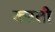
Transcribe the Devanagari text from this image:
कऱती